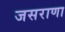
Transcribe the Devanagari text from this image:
जसराणा